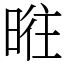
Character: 暀